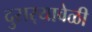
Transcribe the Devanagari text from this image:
दुसर्‍यावेळी